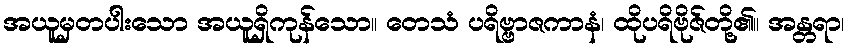
အယူမှတပါးသော အယူရှိကုန်သော။ တေသံ ပရိဗ္ဗာဇကာနံ၊ ထိုပရိဗိုဇ်တို့၏။ အန္တရာ၊